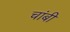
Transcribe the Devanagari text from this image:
चांबी